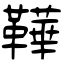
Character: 鞾